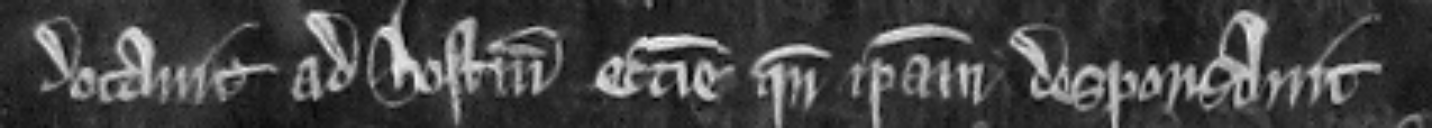
dotavit ad hostium ecclesie quando ipsam desponsavit.